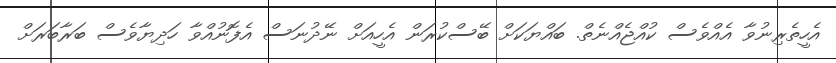
އެހީތެރިނުވާ އެއްވެސް ކުއްޖެއްނެތް. ބައްޔަކަށް ބޭސްކުރަން އެހީއަށް ނޭދުނަސް އެފޮނުއްވާ ހަދިޔާވެސް ބަރާބަރަށް